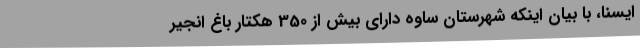
ایسنا، با بیان اینکه شهرستان ساوه دارای بیش از 350 هکتار باغ انجیر